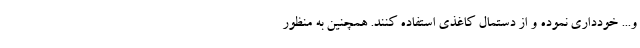
و... خودداری نموده و از دستمال کاغذی استفاده کنند. همچنین به منظور